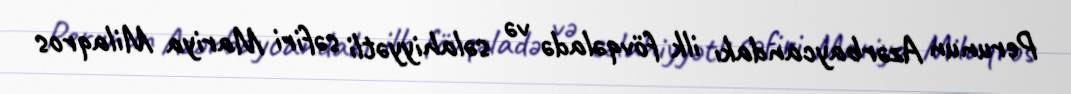
Perunun Azərbaycandakı ilk fövqəladə və səlahiyyətli səfiri Mariya Milaqros